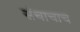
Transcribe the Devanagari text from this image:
संचाचाच